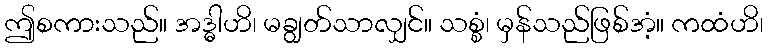
ဤစကားသည်။ အဒ္ဓါဟိ၊ မချွတ်သာလျှင်။ သစ္စံ၊ မှန်သည်ဖြစ်အံ့။ ကထံဟိ၊